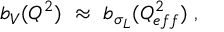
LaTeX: b _ { V } ( Q ^ { 2 } ) ~ \approx ~ b _ { \sigma _ { L } } ( Q _ { e f f } ^ { 2 } ) \ ,